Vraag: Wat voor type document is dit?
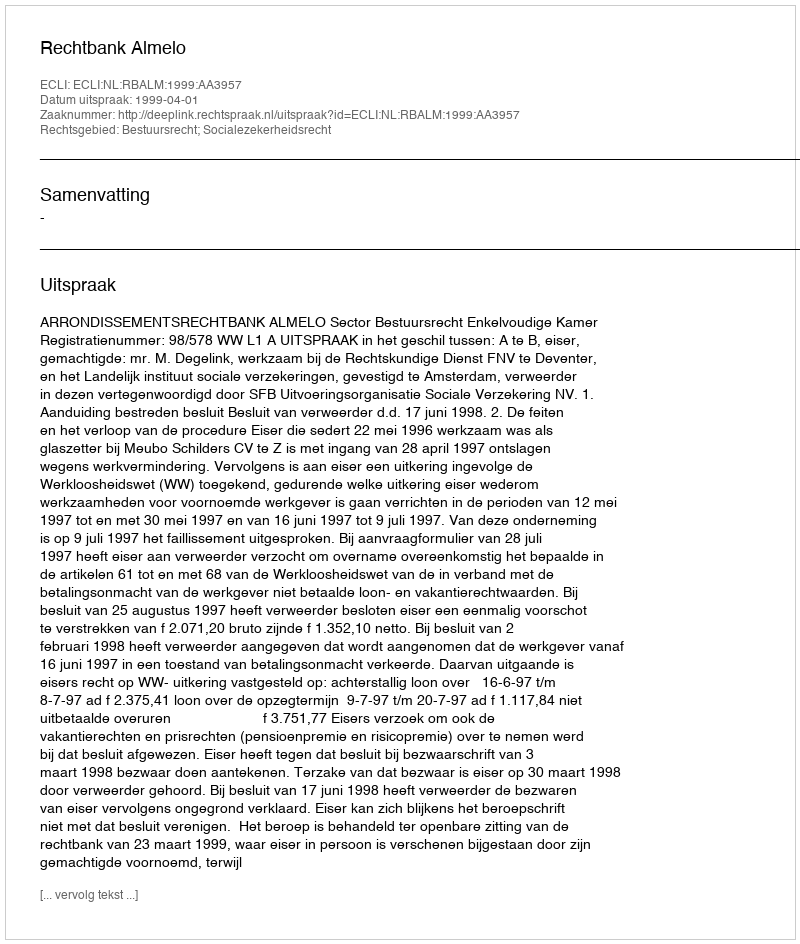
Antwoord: Uitspraak